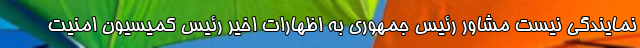
نمایندگی نیست مشاور رئیس جمهوری به اظهارات اخیر رئیس کمیسیون امنیت